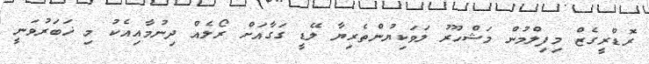
ރޮޑްރީގެޒް މިފިލްމުން މަޝްހޫރު ލަވަކިޔުންތެރިޔާ ލޭޑީ ގަގާއަށް ރޯލެއް ދިނުމާއިއެކު މި ޚަބަރުވަނީ